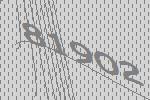
81902